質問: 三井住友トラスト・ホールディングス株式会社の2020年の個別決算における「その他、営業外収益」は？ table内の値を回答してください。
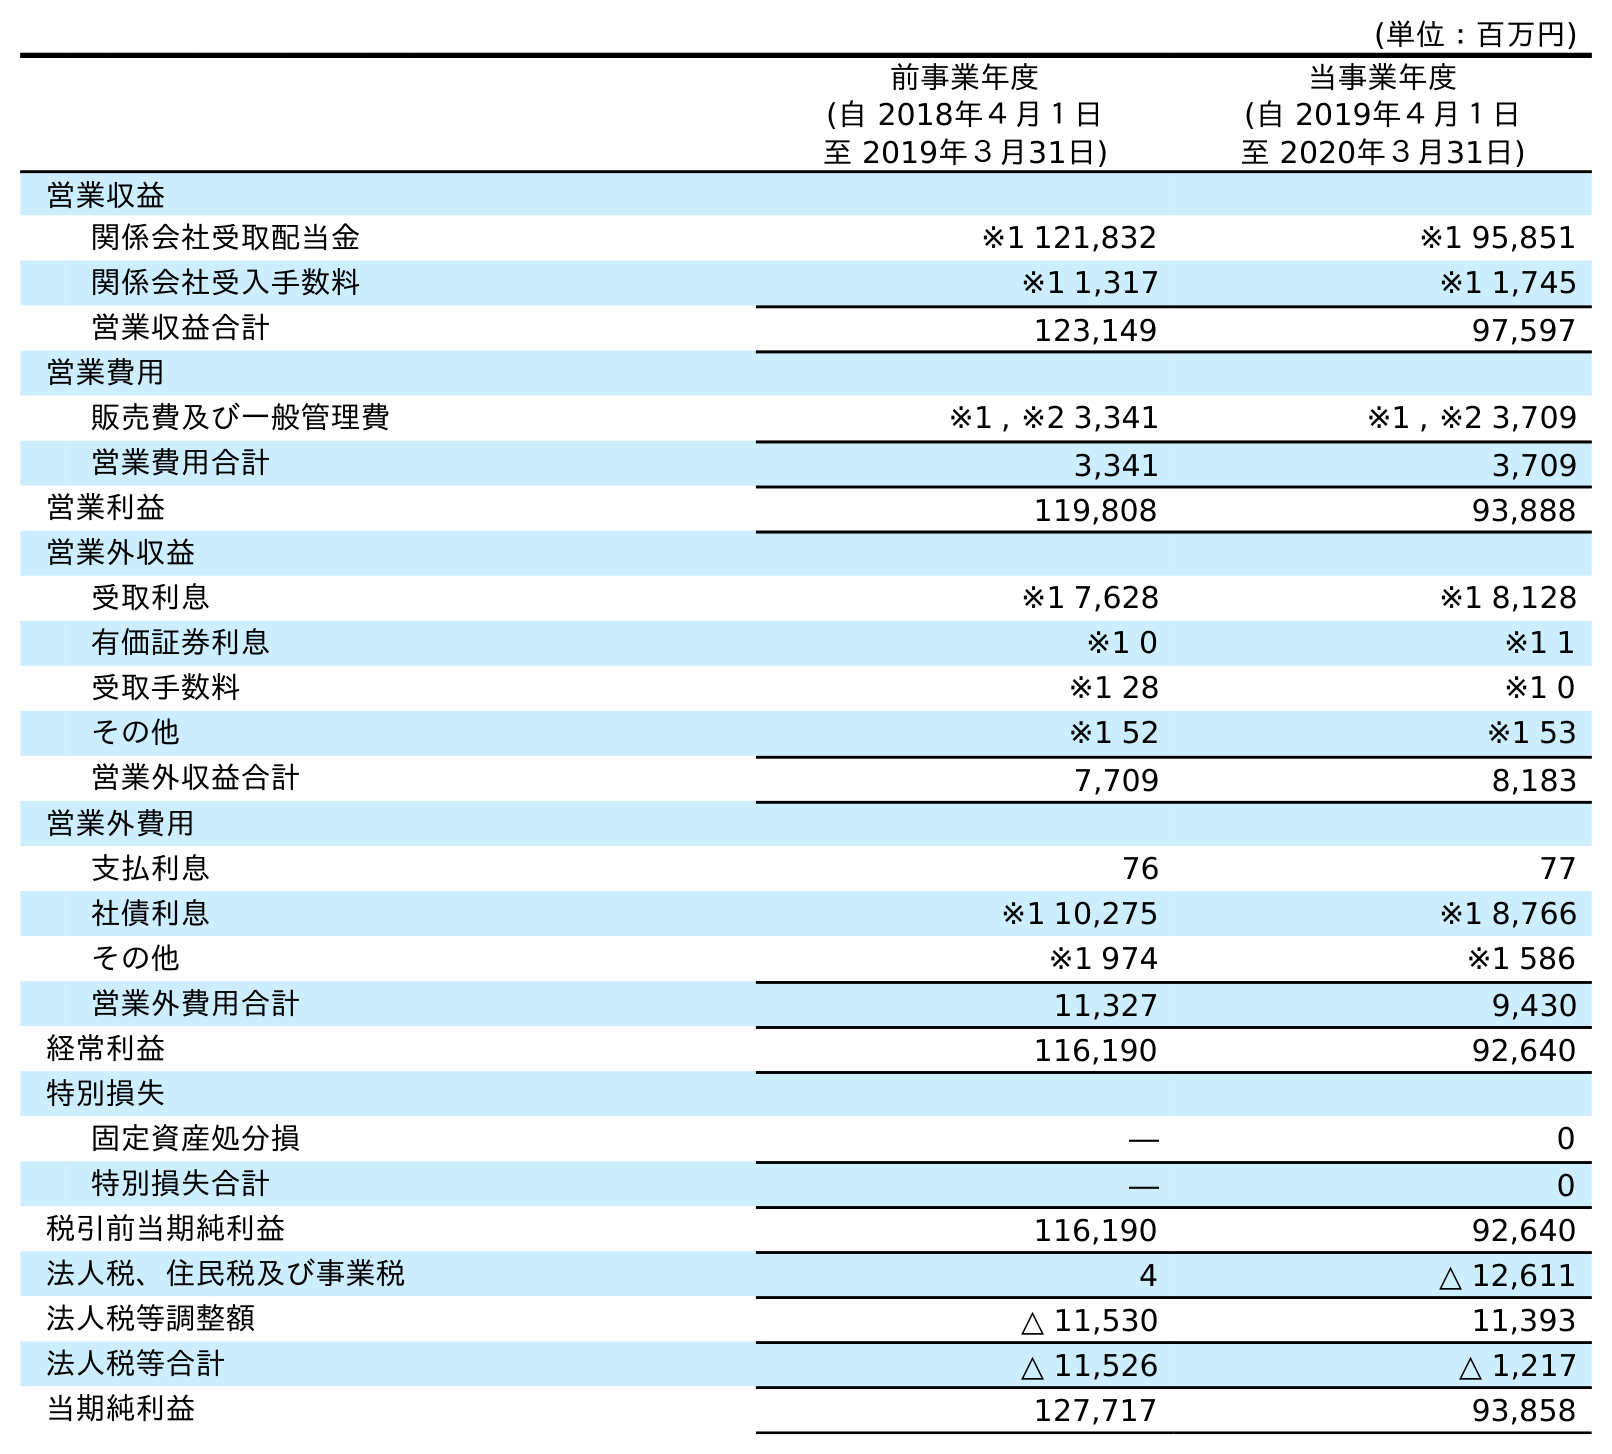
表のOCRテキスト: (単位：百万円) 前事業年度 (自 2018年４月１日 至 2019年３月31日) 当事業年度 (自 2019年４月１日 至 2020年３月31日) 営業収益 関係会社受取配当金 ※1 121,832 ※1 95,851 関係会社受入手数料 ※1 1,317 ※1 1,745 営業収益合計 123,149 97,597 営業費用 販売費及び一般管理費 ※1 , ※2 3,341 ※1 , ※2 3,709 営業費用合計 3,341 3,709 営業利益 119,808 93,888 営業外収益 受取利息 ※1 7,628 ※1 8,128 有価証券利息 ※1 0 ※1 1 受取手数料 ※1 28 ※1 0 その他 ※1 52 ※1 53 営業外収益合計 7,709 8,183 営業外費用 支払利息 76 77 社債利息 ※1 10,275 ※1 8,766 その他 ※1 974 ※1 586 営業外費用合計 11,327 9,430 経常利益 116,190 92,640 特別損失 固定資産処分損 ― 0 特別損失合計 ― 0 税引前当期純利益 116,190 92,640 法人税、住民税及び事業税 4 △ 12,611 法人税等調整額 △ 11,530 11,393 法人税等合計 △ 11,526 △ 1,217 当期純利益 127,717 93,858
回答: ※153